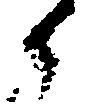
候